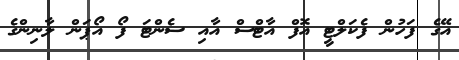
އޭގެ ފަހުން ފެކަލްޓީ އޮފް އާޓްސް އާއި ސެންޓަ ފޯ އޯޕަން ލާނިންގެ